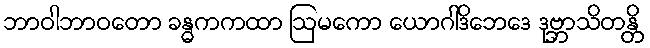
ဘာဝါဘာဝတော ခန္ဓကကထာ ဩမကော ယောဂါဒိဘေဒေ ဒုဗ္ဘာသိတန္တိ